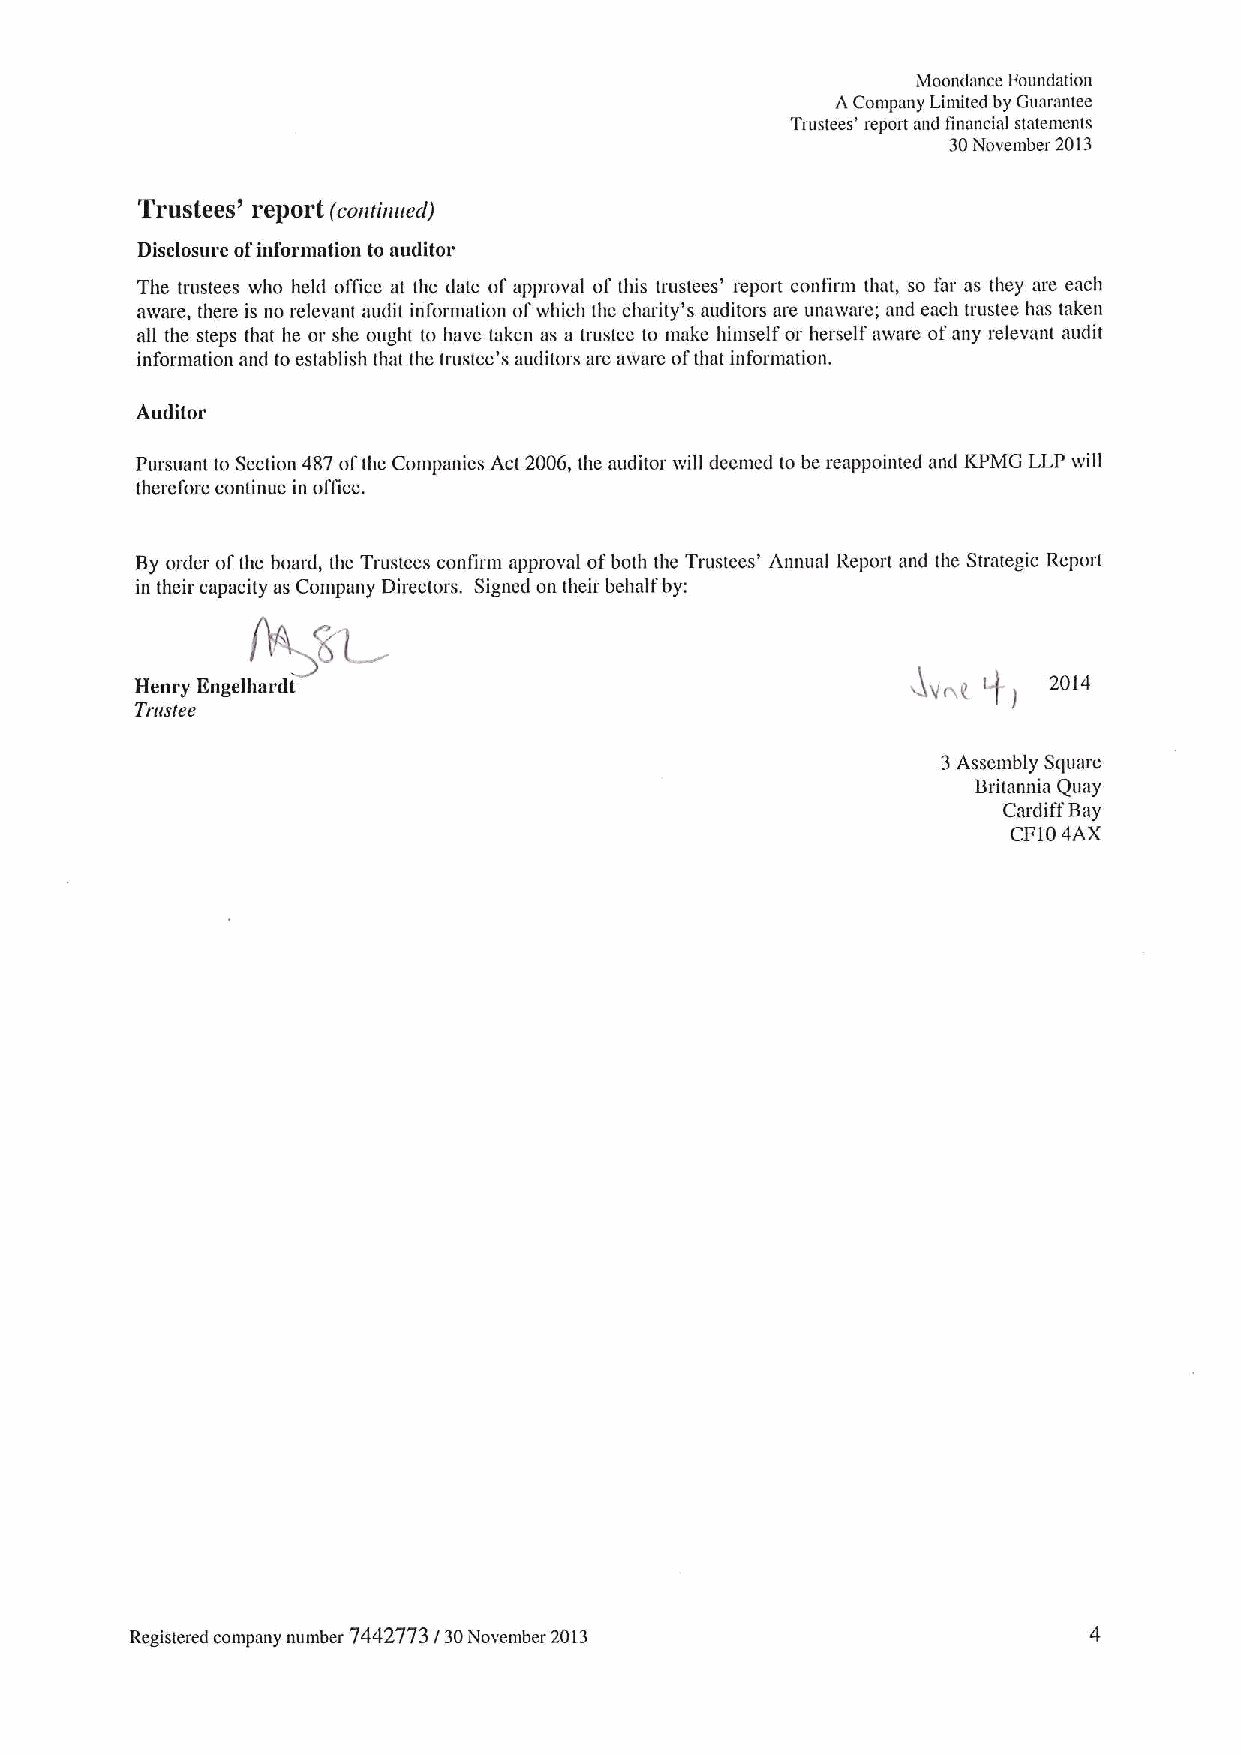
Mccndance Foundation
 ACmnpany Limited by Guarantee
 Trustees' report and tinanciat statements
 30November 2013
 Trustees' report (continued)
 Disclosure ofinformation to auditor
 The trustees who held office at the date ofapproval of this trustees' report confirm that, so far as they are each
 aware, there is no relevmtt audit information ofwhich the charity's auditors are unaware; and each trustee has taken
 all the steps that he or she ought to have taken as a trustee to make himself or herself aware ofany relevant audit
 information and to establish that the trustee's auditors are aware ofthat information.
 Auditor
 Pursuant to Section 487 ofthe Companies Act 2006, the auditor will deemed to be reappointed and KPMG LLP will
 therefore continue in office.
 By order ofthe board, the Trustees contirm approval ofboth the Trustees' Annual Report and the Strategic Rcport
 in their capacity as Company Directors. Signed on their behalf by:
 Henry Engelhardt                                        t)  2014
 Trus/ee
 3Assembly Square
 Britannia Quay
 Cardiff Bay
 CF104AX
 Registered company number 7442773 / 30November 20t3